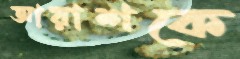
আয়াশকে